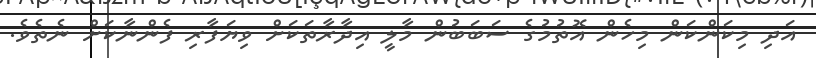
އަދި މިކަންކަން މިހެން އޮތުމުގެ ސަބަބުން މާލީ އިދާރާތަކަށް ވިޔަފާރި ފެންނާކަށް ނެތެވެ.